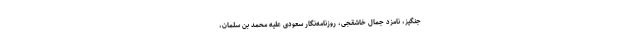
جنگیز، نامزد جمال خاشقجی، روزنامه‌نگار سعودی علیه محمد بن سلمان،